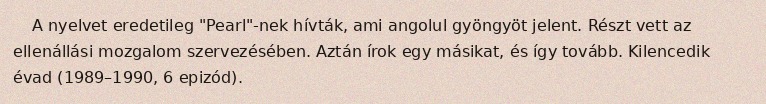
A nyelvet eredetileg "Pearl"-nek hívták, ami angolul gyöngyöt jelent. Részt vett az ellenállási mozgalom szervezésében. Aztán írok egy másikat, és így tovább. Kilencedik évad (1989–1990, 6 epizód).